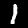
Digit: 1